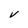
Character: v